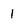
Character: 1